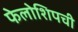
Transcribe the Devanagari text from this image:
फेलोशिपची